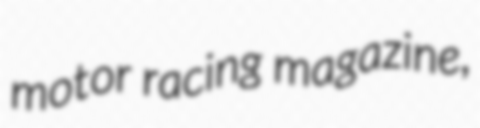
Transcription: motor racing magazine,